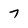
Character: 7